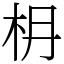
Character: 𣏵